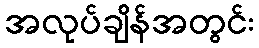
အလုပ်ချိန်အတွင်း